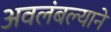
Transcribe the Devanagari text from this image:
अवलंबल्याने